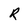
Character: R